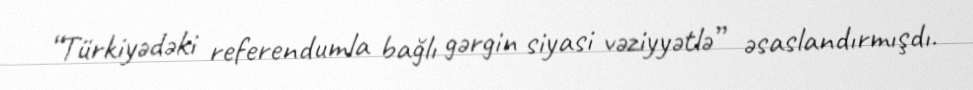
“Türkiyədəki referendumla bağlı gərgin siyasi vəziyyətlə” əsaslandırmışdı.